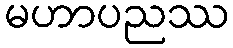
မဟာပညဿ